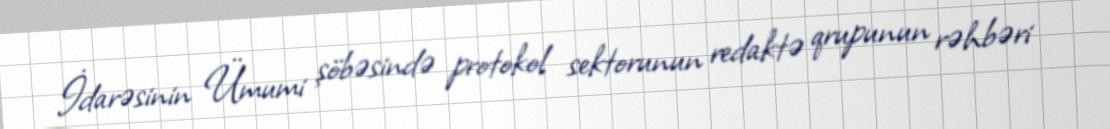
İdarəsinin Ümumi şöbəsində protokol sektorunun redaktə qrupunun rəhbəri